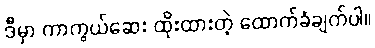
ဒီမှာ ကာကွယ်ဆေး ထိုးထားတဲ့ ထောက်ခံချက်ပါ။